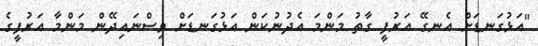
"އަޅުގަނޑަށް އެނގޭ އަރުފީ ގާތު މަންމަ އެދުނުކަން އަޅުގަނޑަށް ވިސްނައިދޭން މަންމާ އަރުފީގެ